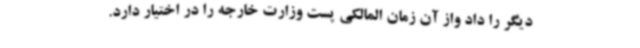
دیگر را داد واز آن زمان المالکی پست وزارت خارجه را در اختیار دارد.